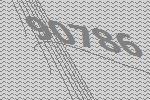
90786